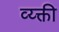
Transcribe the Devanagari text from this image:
व्य्क्ती